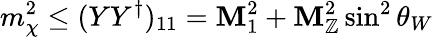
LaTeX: m_{\chi}^{2}\leq(YY^{\dagger})_{11}=\mathbf{M}_{1}^{2}+\mathbf{M}_{\mathbb{Z}}^{2}\sin^{2}\theta_{W}